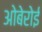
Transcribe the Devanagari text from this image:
ओबेरोई